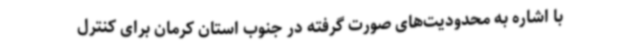
با اشاره به محدودیت‌های صورت گرفته در جنوب استان کرمان برای کنترل